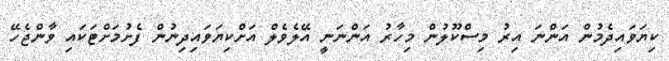
ކިޔަވައިދެމުން އަންނަ އިރު މިސްކޫލުން މިހާރު އަންނަނީ އޭލެވެލް އަށްކިޔަވައިދިނުން ފެށުމަށްޓަކައި ވާންޖެހޭ